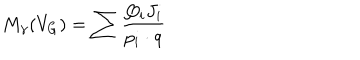
M _ { \gamma } ( V _ { G } ) = \sum \frac { Q _ { i } J _ { i } } { p _ { i } \cdot q }